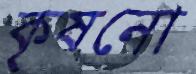
কৃষনো